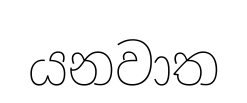
යනවාත